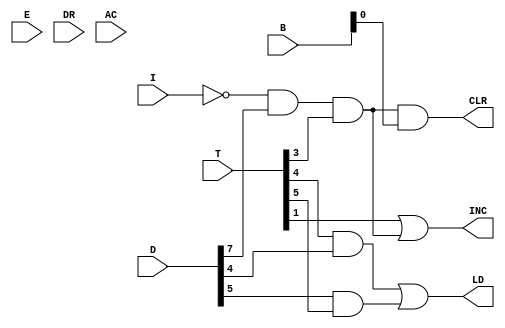
`timescale 1ns / 1ps
//////////////////////////////////////////////////////////////////////////////////
// Company: 
// Engineer: 
// 
// Design Name: 
// Module Name: PC_CONTROL
// Project Name: 
// Target Devices: 
// Tool Versions: 
// Description: 
// 
// Dependencies: 
// 
// Revision:
// Revision 0.01 - File Created
// Additional Comments:
// 
//////////////////////////////////////////////////////////////////////////////////


module PC_CONTROL(

            output CLR,
            output INC,
            output LD,
            input I,
            input E,
            input [7:0] T,
            input [7:0] D,
            input [15:0] B,
            input [15:0] DR,
            input [15:0] AC);


    wire ICOM, T4D4, T5D5, r;
    
    assign ICOM= ~I;
    assign r= ICOM & D[7] & T[3];
    assign T4D4 = T[4] & D[4];
	assign T5D5 = D[5] & T[5]; 

	assign LD = T4D4 | T5D5;      
	assign INC = T[1] | r ; 
	assign CLR= r & B[0];  

endmodule